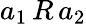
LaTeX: a_{1}\, R\, a_{2}